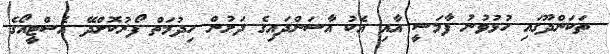
ތަކަންދޫގައި ހުޅުވުނު ފާމަސީ އާއި އެކު އާސަންދައިގެ ދަށުން ހިދުމަތް ފޯރުކޮށްދޭ އެސްޓީއޯގެ